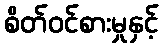
စိတ်ဝင်စားမှုနှင့်